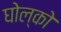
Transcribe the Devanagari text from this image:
घोल्को